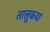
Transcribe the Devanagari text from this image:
तालुकया